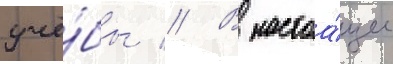
учё́бы // В настоа́щее